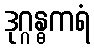
ဒုဂ္ဂန္ဓကရံ